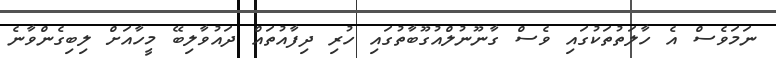
ނަމަވެސް އެ ހާލަތުތަކުގައި ވެސް ގާނޫނުލްއުގޫބާތުގައި ހުރި ދިފާއުތައް ދައުވާލިބޭ މީހާއަށް ލިބިގެންވާނެ